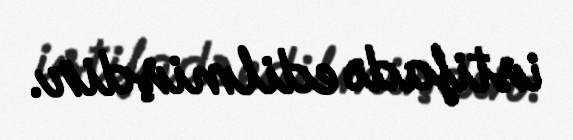
istifadə edilmişdir.